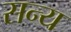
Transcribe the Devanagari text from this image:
सन्य